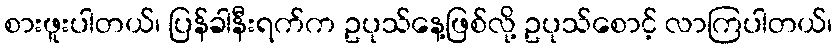
စားဖူးပါတယ်၊ ပြန်ခါနီးရက်က ဥပုသ်နေ့ဖြစ်လို့ ဥပုသ်စောင့် လာကြပါတယ်၊